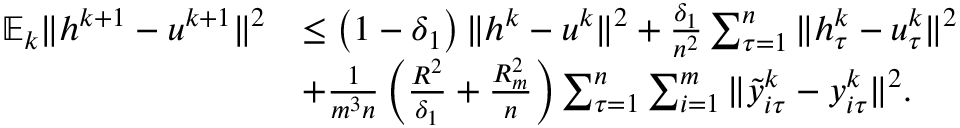
\begin{array} { r l } { \mathbb { E } _ { k } \| h ^ { k + 1 } - u ^ { k + 1 } \| ^ { 2 } } & { \leq \left( 1 - \delta _ { 1 } \right) \| h ^ { k } - u ^ { k } \| ^ { 2 } + \frac { \delta _ { 1 } } { n ^ { 2 } } \sum _ { \tau = 1 } ^ { n } \| h _ { \tau } ^ { k } - u _ { \tau } ^ { k } \| ^ { 2 } } \\ & { + \frac { 1 } { m ^ { 3 } n } \left( \frac { R ^ { 2 } } { \delta _ { 1 } } + \frac { R _ { m } ^ { 2 } } { n } \right) \sum _ { \tau = 1 } ^ { n } \sum _ { i = 1 } ^ { m } \| { \tilde { y } } _ { i \tau } ^ { k } - y _ { i \tau } ^ { k } \| ^ { 2 } . } \end{array}